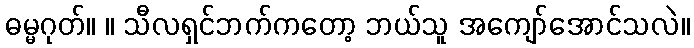
ဓမ္မဂုတ်။ ။ သီလရှင်ဘက်ကတော့ ဘယ်သူ အကျော်အောင်သလဲ။